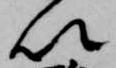
以